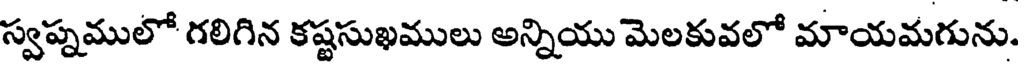
స్వప్నములో గలిగిన కష్టసుఖములు అన్నియు మెలకువలో మాయమగును.